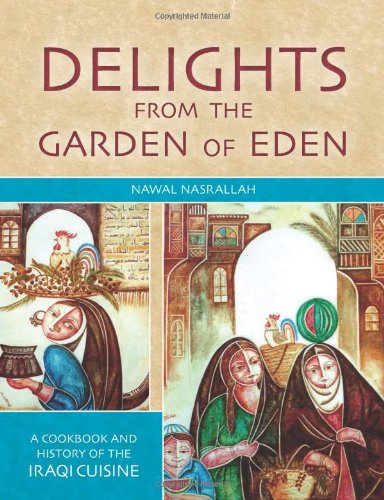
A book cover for Delights from the Garden of Eden: A Cookbook and History of the Iraqi Cuisine, Second Edition; Nawal Nasrallah; History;